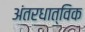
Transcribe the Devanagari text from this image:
अंतरधात्विक